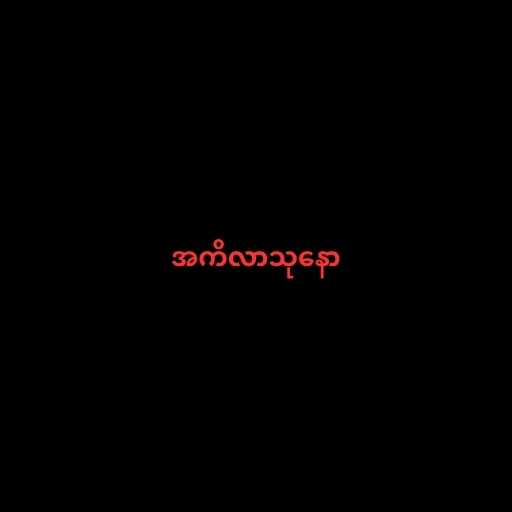
အကိလာသုနော